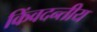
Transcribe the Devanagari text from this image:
किंवदन्तीय